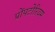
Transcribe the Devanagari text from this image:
प्रोंपटोरियम